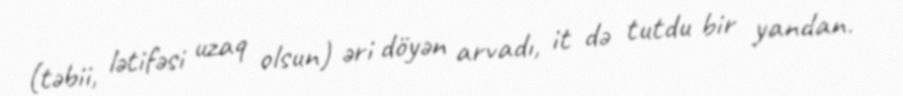
(təbii, lətifəsi uzaq olsun) əri döyən arvadı, it də tutdu bir yandan.